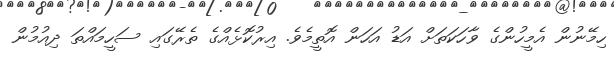
ހިމޭނުން އެމީހުންގެ ވާހަކަތަށް އަޑު އަހަން އޮތީމެވެ. އިރުކޮޅެއްގެ ތެރޭގައި ސަހީމައްތަ ދިއުމުން